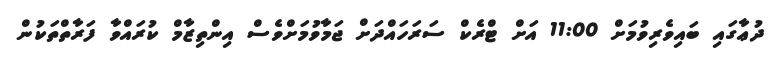
ދުޢާގައި ބައިވެރިވުމަށް 11:00 އަށް ޓްރެކް ސަރަހައްދަށް ޖަމާވުމަށްވެސް އިންތިޒާމް ކުރައްވާ ފަރާތްތަކުން